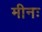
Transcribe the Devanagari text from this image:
मीनः